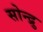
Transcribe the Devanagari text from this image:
सोन्द्रु